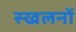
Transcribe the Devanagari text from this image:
स्खलनों